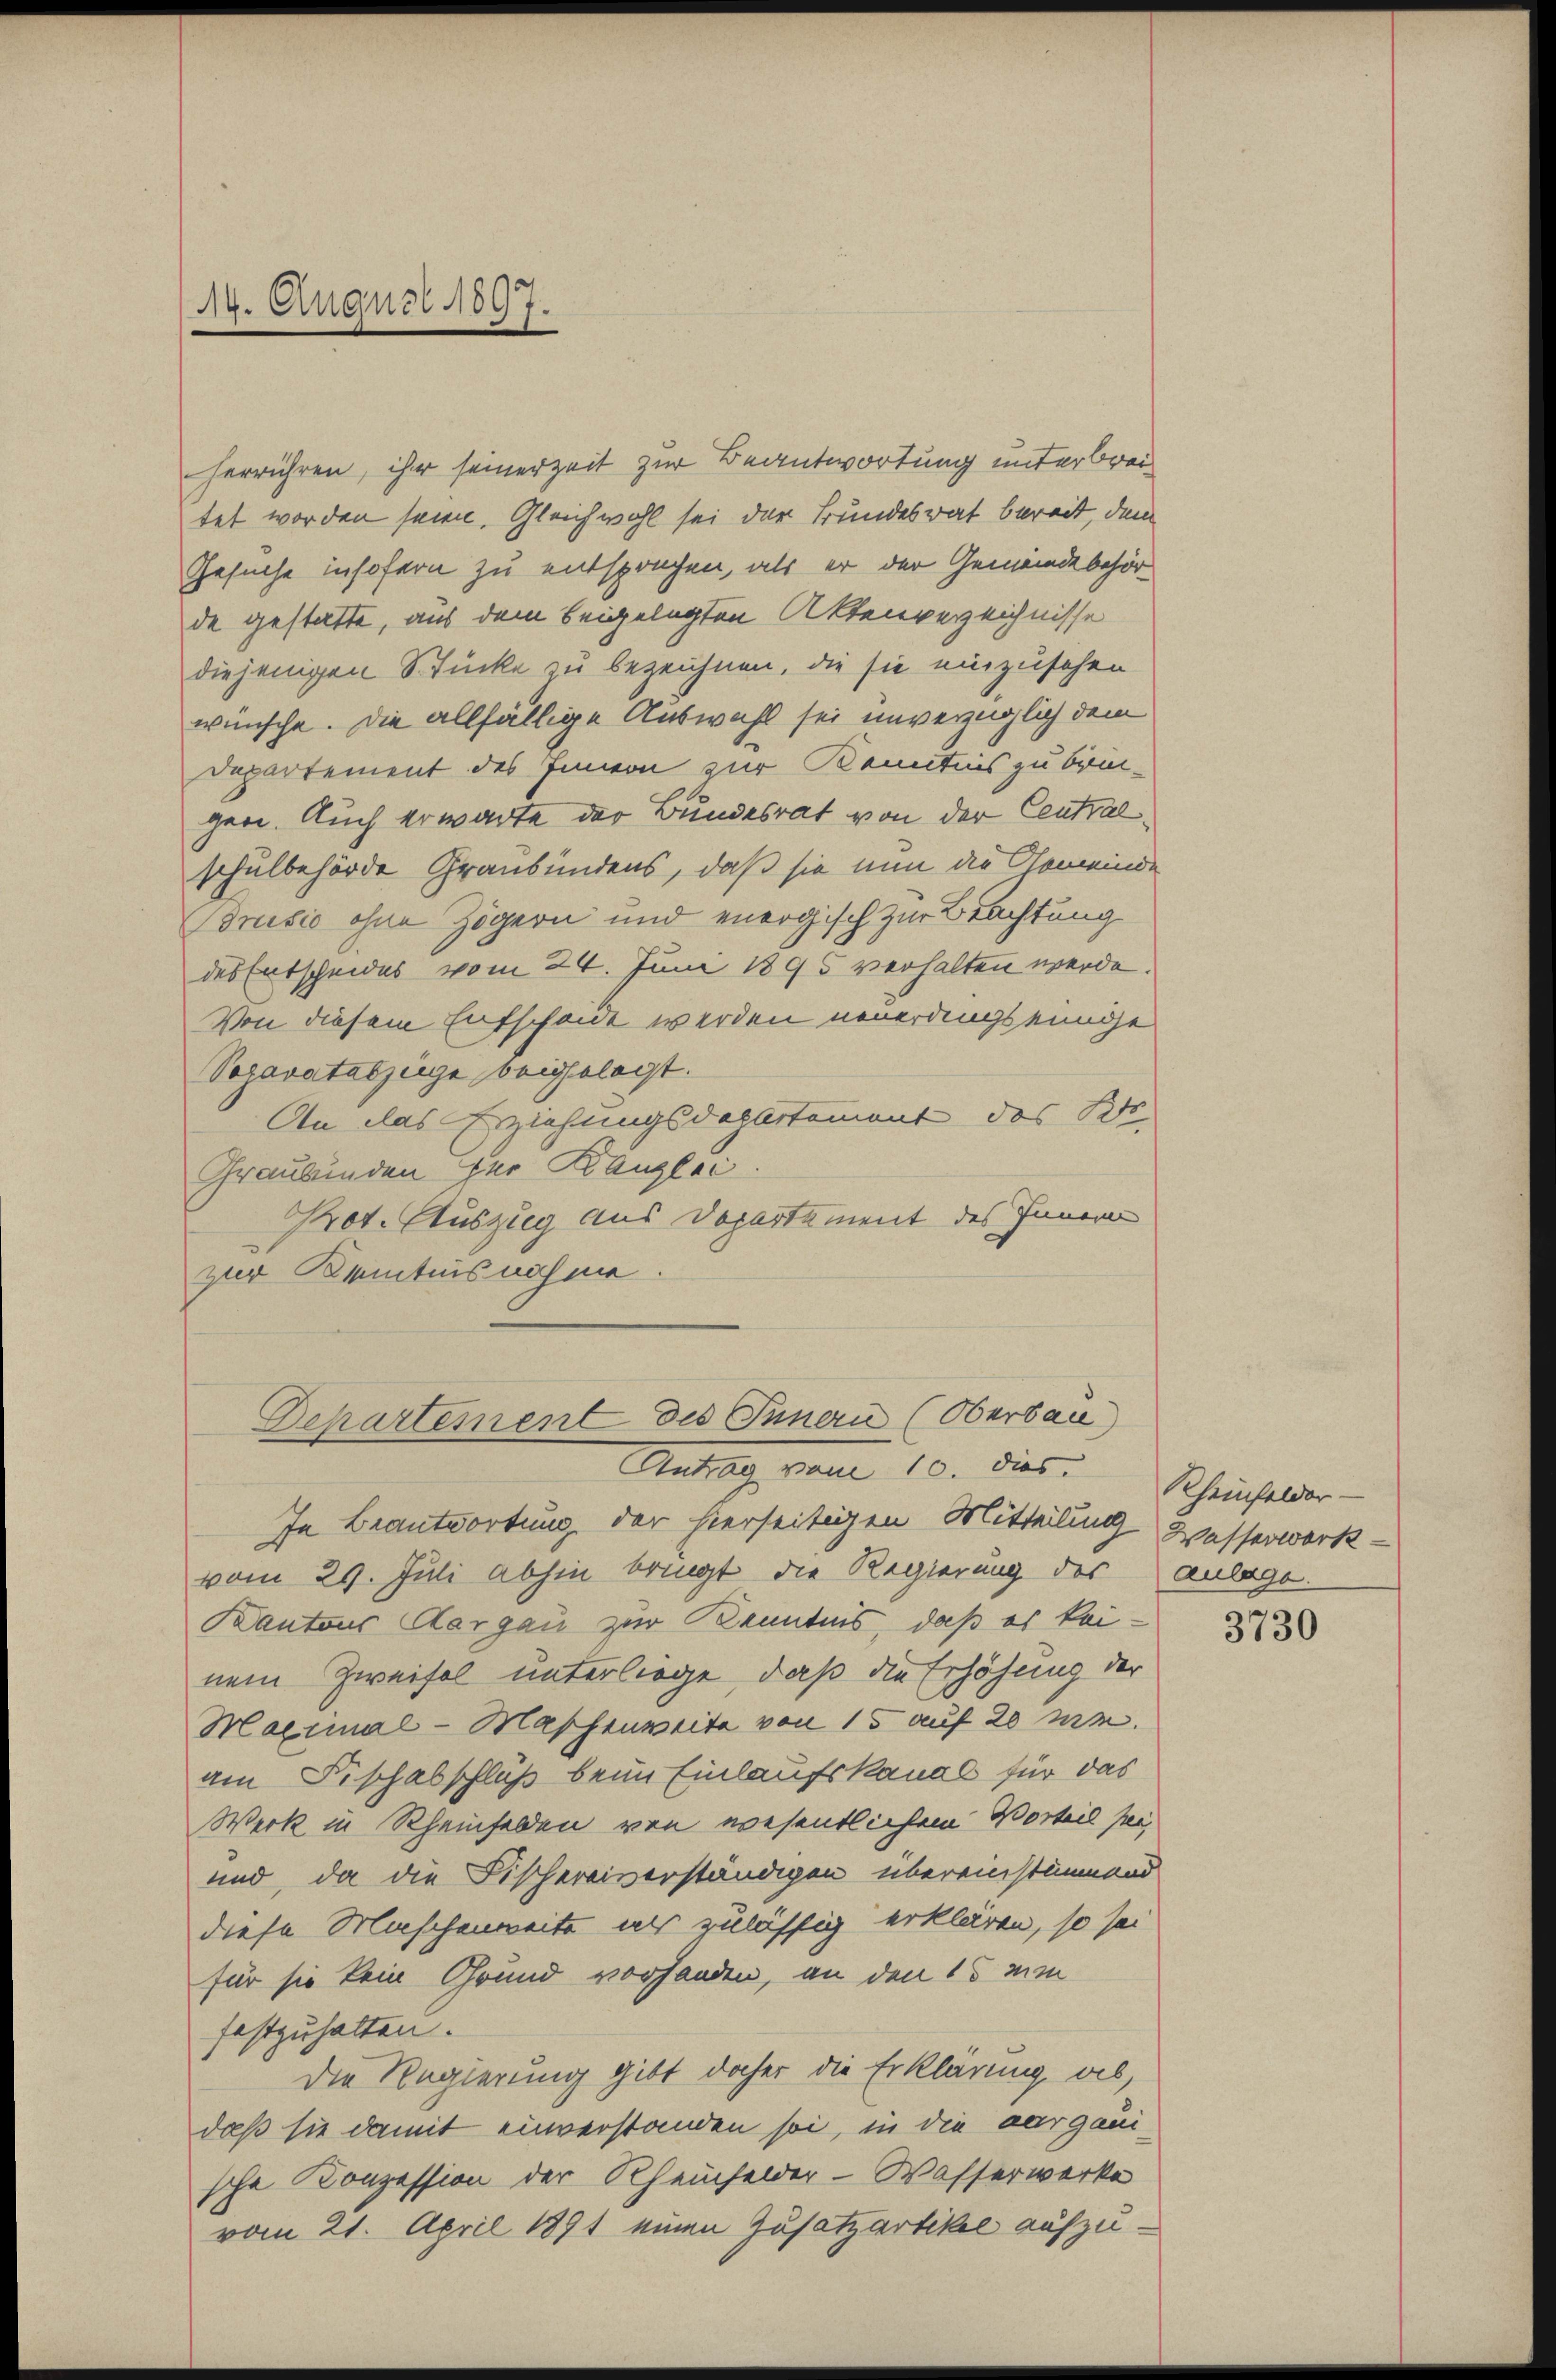
119. August 1897.

herrühren, ihr seinerzeit zur Beantwortung unterbreitet worden seien. Gleichwohl sei der Bundesrat bereit, dem
Gesuche insofern zu entsprechen, als er der Gemeindebehörde gestatte, aus dem beigelegten Aktenverzeichnisse
diejenigen Stücke zu bezeichnen, die sie einzusehen
wünsche. Die allfällige Auswahl sei unverzüglich dem
Departement des Innern zur Kenntnis zu bringen. Auch erwarte der Bundesrat von der Centralschulbehörde Graubündens, daß sie nun die Gemeinde
drusio ohne Zögern und energisch zur Brachtung
des Entscheides vom 24. Juni 1895 verhalten werde.
Von diesem Entschöne werden neuerdings einige
Separatabzüge beigelegt.
An das Erziehungsdapletament des Kr
Graubünden zur Kanzlei.
Prot. Auszug aus Departement des Innern
zur Kenntnis noch me
Departement des Innern (Oberbau)
Antstag, vom 10. dies
In Beantwortung der hierseitigen Mitteilung Wasserwerk-
vom 29. Juli abhin bringt die Regierung des
Kantons Aargau zur Kenntnis, daß es keinem Zweifel unterliege, daß die Erhöhung der
Maximal-Maschenweite von 15 auf 20 mi
am Fischabschluß beim Einlaufskanal für das
Werk in Rheinfelden von wesentlichem Vorteil sei,
und, da die Fischereiverständigen übereinstimmer
diese Maschenweite ins zulässig erklären, so sei
für sie kein Grund vorhanden, an den 15 um
festzuhalten.
Die Regierung gibt daher die Erklärung ab,
daß sie damit einverstanden sei, in die aargauische Konzession der Rheinfelder-Wasserwerke
vom 21. April 1891 einen Zusatzartikel aufzu¬

Rheinfelder-
Anlage.

3730